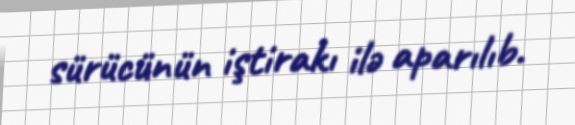
sürücünün iştirakı ilə aparılıb.